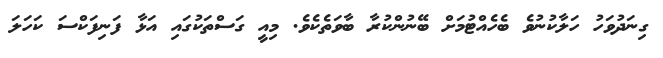
ގިނަދުވަހު ހަލާކުނުވެ ބެހެއްޓުމަށް ބޭނުންކުރާ ބާވަތެކެވެ. މިއީ ގަސްތަކުގައި އަޅާ ފަނިފަކްސަ ކަހަލަ